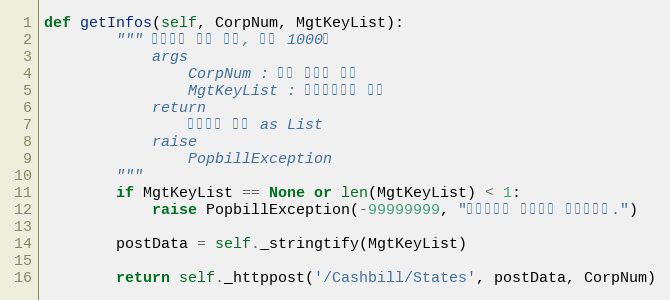
Language: Python
def getInfos(self, CorpNum, MgtKeyList):
        """ 상태정보 다량 확인, 최대 1000건
            args
                CorpNum : 회원 사업자 번호
                MgtKeyList : 문서관리번호 목록
            return
                상태정보 목록 as List
            raise
                PopbillException
        """
        if MgtKeyList == None or len(MgtKeyList) < 1:
            raise PopbillException(-99999999, "관리번호가 입력되지 않았습니다.")

        postData = self._stringtify(MgtKeyList)

        return self._httppost('/Cashbill/States', postData, CorpNum)